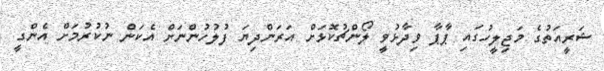
ޝަރީއަތުގެ މަޖިލީހުގައި ޕާޕާ ވިދާޅުވީ ލޯންޗުކޮޅަށް އަރަންދިޔަ ފުލުހުންނަށް އެކަން ނުކުރުމަށް އެންގީ